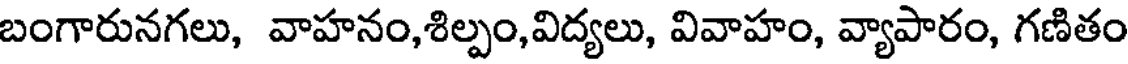
బంగారునగలు, వాహనం,శిల్పం,విద్యలు, వివాహం, వ్యాపారం, గణితం